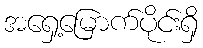
အရှေ့မြောက်ပိုင်းရှိ